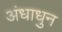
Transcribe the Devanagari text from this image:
अंधाधुन